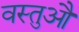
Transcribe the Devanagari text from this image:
वस्तुऔं